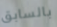
بالسابق